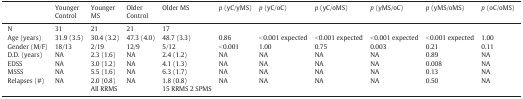
<table><thead><tr><td></td><td><b>Younger Control</b></td><td><b>Younger MS</b></td><td><b>Older Control</b></td><td><b>Older MS</b></td><td><b><i>p</i> (yC/yMS)</b></td><td><b><i>p</i> (yC/oC)</b></td><td><b><i>p</i> (yC/oMS)</b></td><td><b><i>p</i> (yMS/oC)</b></td><td><b><i>p</i> (yMS/oMS)</b></td><td><b><i>p</i> (oC/oMS)</b></td></tr></thead><tbody><tr><td>N</td><td>31</td><td>21</td><td>21</td><td>17</td><td></td><td></td><td></td><td></td><td></td><td></td></tr><tr><td>Age (years)</td><td>31.9 (3.5)</td><td>30.4 (3.2)</td><td>47.3 (4.0)</td><td>48.7 (3.3)</td><td>0.86</td><td>&lt; 0.001 expected</td><td>&lt; 0.001 expected</td><td>&lt; 0.001 expected</td><td>&lt; 0.001 expected</td><td>1.00</td></tr><tr><td>Gender (M/F)</td><td>18/13</td><td>2/19</td><td>12/9</td><td>5/12</td><td>&lt; 0.001</td><td>1.00</td><td>0.75</td><td>0.003</td><td>0.21</td><td>0.11</td></tr><tr><td>D.D. (years)</td><td>NA</td><td>2.3 (1.6)</td><td>NA</td><td>2.4 (1.2)</td><td>NA</td><td>NA</td><td>NA</td><td>NA</td><td>0.89</td><td>NA</td></tr><tr><td>EDSS</td><td>NA</td><td>3.0 (1.2)</td><td>NA</td><td>4.1 (1.3)</td><td>NA</td><td>NA</td><td>NA</td><td>NA</td><td>0.008</td><td>NA</td></tr><tr><td>MSSS</td><td>NA</td><td>5.5 (1.6)</td><td>NA</td><td>6.3 (1.7)</td><td>NA</td><td>NA</td><td>NA</td><td>NA</td><td>0.13</td><td>NA</td></tr><tr><td>Relapses (#)</td><td>NA</td><td>2.0 (0.8)</td><td>NA</td><td>1.8 (0.8)</td><td>NA</td><td>NA</td><td>NA</td><td>NA</td><td>0.50</td><td>NA</td></tr><tr><td></td><td></td><td>All RRMS</td><td></td><td>15 RRMS 2 SPMS</td><td></td><td></td><td></td><td></td><td></td><td></td></tr></tbody></table>